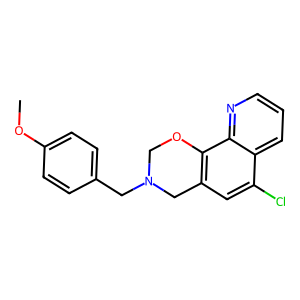
SMILES: COc1ccc(CN2COc3c(cc(Cl)c4cccnc34)C2)cc1
Inhibits HIV replication: No